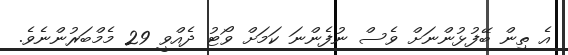
އެ ތިން ބޭފުޅުންނަށް ވެސް ނުފެންނަ ކަމަށް ވޯޓު ދެއްވީ 29 މެމްބަރުންނެވެ.